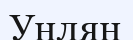
Унлян